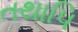
તથાપિ